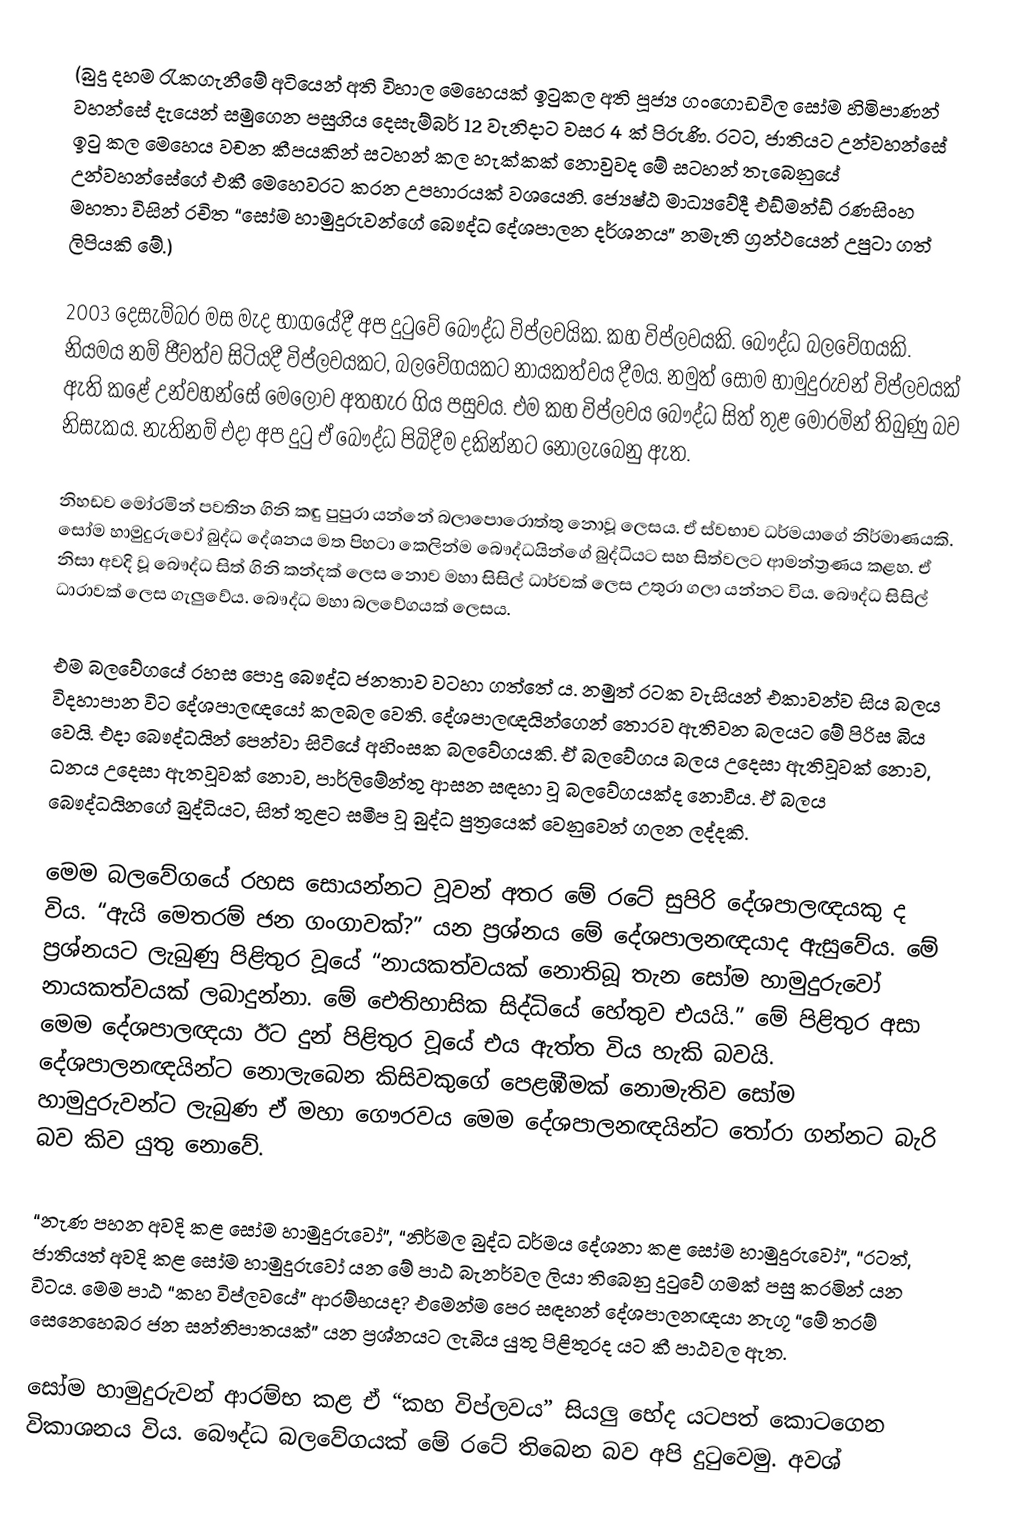
(බුදු දහම රැකගැනීමේ අටියෙන් අති විහාල මෙහෙයක් ඉටුකල අති පූජ්‍ය ගංගොඩවිල සෝම හිමිපාණන් වහන්සේ දැයෙන් සමුගෙන පසුගිය දෙසැම්බර් 12 වැනිදාට වසර 4 ක් පිරුණි. රටට, ජාතියට උන්වහන්සේ ඉටු කල මෙහෙය වචන කීපයකින් සටහන් කල හැක්කක් නොවුවද මේ සටහන් තැබෙනුයේ උන්වහන්සේගේ එකී මෙහෙවරට කරන උපහාරයක් වශයෙනි. ජ්‍යෙෂ්ඨ මාධ්‍යවේදී එඩ්මන්ඩ් රණසිංහ මහතා විසින් රචිත “සෝම හාමුදුරුවන්ගේ බෞද්ධ දේශපාලන දර්ශනය” නමැති ග්‍රන්ථයෙන් උපුටා ගත් ලිපියකි මේ.)

2003 දෙසැම්බර මස මැද භාගයේදී අප දුටුවේ බෞද්ධ විප්ලවයික. කහ විප්ලවයකි. බෞද්ධ බලවේගයකි. නියමය නම් ජීවත්ව සිටියදී විප්ලවයකට, බලවේගයකට නායකත්වය දීමය. නමුත් සෝම හාමුදුරුවන් විප්ලවයක් ඇති කළේ උන්වහන්සේ මෙලොව අතහැර ගිය පසුවය. එම කහ විප්ලවය බෞද්ධ සිත් තුළ මෝරමින් තිබුණු බව නිසැකය. නැතිනම් එදා අප දුටු ඒ බෞද්ධ පිබිදීම දකින්නට නොලැබෙනු ඇත.

නිහඩව මෝරමින් පවතින ගිනි කඳු පුපුරා යන්නේ බලාපොරොත්තු නොවූ ලෙසය. ඒ ස්වභාව ධර්මයාගේ නිර්මාණයකි. සෝම හාමුදුරුවෝ බුද්ධ දේශනය මත පිහටා කෙලින්ම බෞද්ධයින්ගේ බුද්ධියට සහ සිත්වලට ආමන්ත්‍රණය කළහ. ඒ නිසා අවදි වූ බෞද්ධ සිත් ගිනි කන්දක් ලෙස නොව මහා සිසිල් ධාර්වක් ලෙස උතුරා ගලා යන්නට විය. බෞද්ධ සිසිල් ධාරාවක් ලෙස ගැලුවේය. බෞද්ධ මහා බලවේගයක් ලෙසය.

එම බලවේගයේ රහස පොදු බෞද්ධ ජනතාව වටහා ගත්තේ ය. නමුත් රටක වැසියන් එකාවන්ව සිය බලය විදහාපාන විට දේශපාලඥයෝ කලබල වෙති. දේශපාලඥයින්ගෙන් තොරව ඇතිවන බලයට මේ පිරිස බිය වෙයි. එදා බෞද්ධයින් පෙන්වා සිටියේ අහිංසක බලවේගයකි. ඒ බලවේගය බලය උදෙසා ඇතිවූවක් නොව, ධනය උදෙසා ඇතවූවක් නොව, පාර්ලිමේන්තු ආසන සඳහා වූ බලවේගයක්ද නොවීය. ඒ බලය බෞද්ධයිනගේ බුද්ධියට, සිත් තුළට සමීප වූ බුද්ධ පුත්‍රයෙක් වෙනුවෙන් ගලන ලද්දකි.

මෙම බලවේගයේ රහස සොයන්නට වූවන් අතර මේ රටේ සුපිරි දේශපාලඥයකු ද විය. “ඇයි මෙතරම් ජන ගංගාවක්?” යන ප්‍රශ්නය මේ දේශපාලනඥයාද ඇසුවේය. මේ ප්‍රශ්නයට ලැබුණු පිළිතුර වූයේ “නායකත්වයක් නොතිබූ තැන සෝම හාමුදුරුවෝ නායකත්වයක් ලබාදුන්නා. මේ ඓතිහාසික සිද්ධියේ හේතුව එයයි.” මේ පිළිතුර අසා මෙම දේශපාලඥයා ඊට දුන් පිළිතුර වූයේ එය ඇත්ත විය හැකි බවයි. දේශපාලනඥයින්ට නොලැබෙන කිසිවකුගේ පෙළඹීමක් නොමැතිව සෝම හාමුදුරුවන්ට ලැබුණ ඒ මහා ගෞරවය මෙම දේශපාලනඥයින්ට තෝරා ගන්නට බැරි බව කිව යුතු නොවේ.

“නැණ පහන අවදි කළ සෝම හාමුදුරුවෝ”, “නිර්මල බුද්ධ ධර්මය දේශනා කළ සෝම හාමුදුරුවෝ”, “රටත්, ජාතියත් අවදි කළ සෝම හාමුදුරුවෝ යන මේ පාඨ බැනර්වල ලියා තිබෙනු දුටුවේ ගමක් පසු කරමින් යන විටය. මෙම පාඨ “කහ විප්ලවයේ” ආරම්භයද? එමෙන්ම පෙර සඳහන් දේශපාලනඥයා නැගූ “මේ තරම් සෙනෙහෙබර ජන සන්නිපාතයක්” යන ප්‍රශ්නයට ලැබිය යුතු පිළිතුරද යට කී පාඨවල ඇත.

සෝම හාමුදුරුවන් ආරම්භ කළ ඒ “කහ විප්ලවය” සියලු භේද යටපත් කොටගෙන විකාශනය විය. බෞද්ධ බලවේගයක් මේ රටේ තිබෙන බව අපි දුටුවෙමු. අවශ්